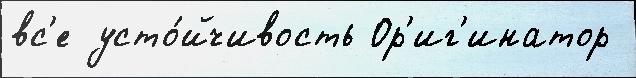
вс'е усто́йчивость Ор'иг'инатор